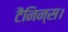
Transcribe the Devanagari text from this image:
टैनिन्स।